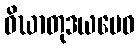
ဝိဃာတုဒယမေဝ